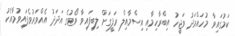
ކަމުގައިވާ މުހައްމަދު ވަޖީހު އިބްރާހިމާއި އިސްމާއިލް ރަފީގަށް ލިބިފައިވާ ވޯޓުގެ އަދަދު އެއްވަރުވެފައިވުމާއެކު